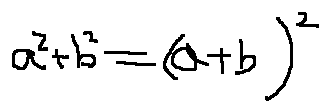
a ^ { 2 } + b ^ { 2 } = ( a + b ) ^ { 2 }